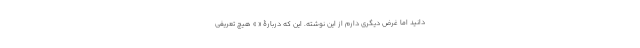
دانید اما غرض دیگری دارم از این نوشته. این که دربارۀ « » هیچ تعریفی